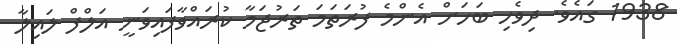
1938 ގައެވެ. ދިވެހި ބަހަށް އެންމެ ފުރަތަމަ ތަރުޖަމާ ކުރައްވާފައިވަނީ އަލްފް ލައިލާ